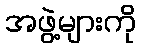
အဖွဲ့များကို